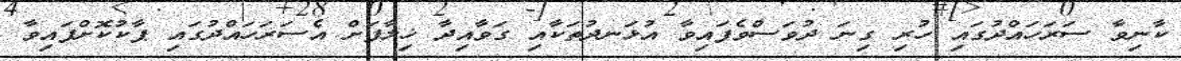
ކާނިވާ ސަރަހައްދުގައި ހުރި ގިނަ ދުވަސްވެފައިވާ އުޅަނދުތަކާއި ގަވާއިދާ ޚިލާފަށް އެސަރަހައްދުގައި ޕާކުކޮށްފައިވާ